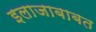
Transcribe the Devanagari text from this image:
इलाजाबाबत